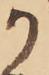
か